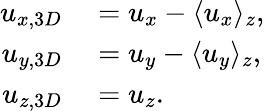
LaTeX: \begin{array}{rl}{u_{x,3D}}&{{}=u_{x}-\langle u_{x}\rangle_{z},}\\ {u_{y,3D}}&{{}=u_{y}-\langle u_{y}\rangle_{z},}\\ {u_{z,3D}}&{{}=u_{z}.}\end{array}